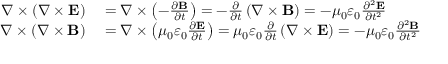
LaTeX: \begin{array} { r l } { \nabla \times \left( \nabla \times \mathbf { E } \right) } & { { } = \nabla \times \left( - { \frac { \partial \mathbf { B } } { \partial t } } \right) = - { \frac { \partial } { \partial t } } \left( \nabla \times \mathbf { B } \right) = - \mu _ { 0 } \varepsilon _ { 0 } { \frac { \partial ^ { 2 } \mathbf { E } } { \partial t ^ { 2 } } } } \\ { \nabla \times \left( \nabla \times \mathbf { B } \right) } & { { } = \nabla \times \left( \mu _ { 0 } \varepsilon _ { 0 } { \frac { \partial \mathbf { E } } { \partial t } } \right) = \mu _ { 0 } \varepsilon _ { 0 } { \frac { \partial } { \partial t } } \left( \nabla \times \mathbf { E } \right) = - \mu _ { 0 } \varepsilon _ { 0 } { \frac { \partial ^ { 2 } \mathbf { B } } { \partial t ^ { 2 } } } } \end{array}